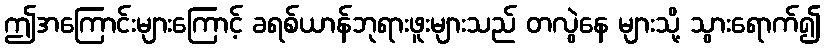
ဤအကြောင်းများကြောင့် ခရစ်ယာန်ဘုရားဖူးများသည် တလွဲနေ များသို့ သွားရောက်၍